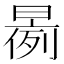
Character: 𱢝